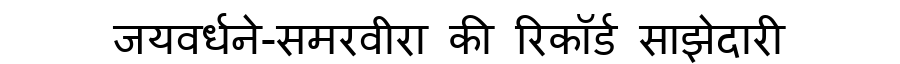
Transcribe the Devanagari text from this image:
जयवर्धने-समरवीरा की रिकॉर्ड साझेदारी